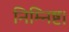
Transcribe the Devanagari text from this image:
निम्निष्ट।